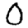
Digit: 0